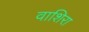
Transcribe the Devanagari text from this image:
वाशिरा